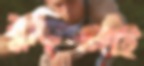
বুড়িগঙ্গাই